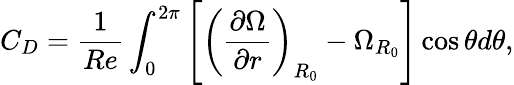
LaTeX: C_{D}=\frac{1}{Re}\int_{0}^{2\pi}\left[\left(\frac{\partial\Omega}{\partial r}\right)_{R_{0}}-\Omega_{R_{0}}\right]\cos{\theta}d\theta,